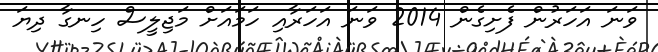
ވަނަ އަހަރުން ފެށިގެން 2014 ވަނަ އަހަރާއި ހަމައަށް މަޖިލީސް ހިނގާ ދިޔަ